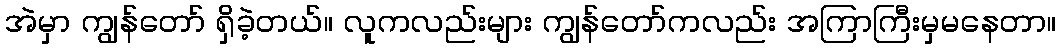
အဲမှာ ကျွန်တော် ရှိခဲ့တယ်။ လူကလည်းများ ကျွန်တော်ကလည်း အကြာကြီးမှမနေတာ။